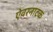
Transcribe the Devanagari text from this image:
ऐवरनाटक